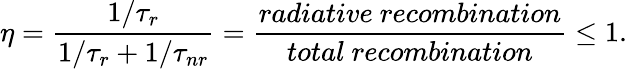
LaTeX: \eta={\frac{1/\tau_{r}}{1/\tau_{r}+1/\tau_{nr}}}={\frac{radiative\ recombination}{total\ recombination}}\leq 1.